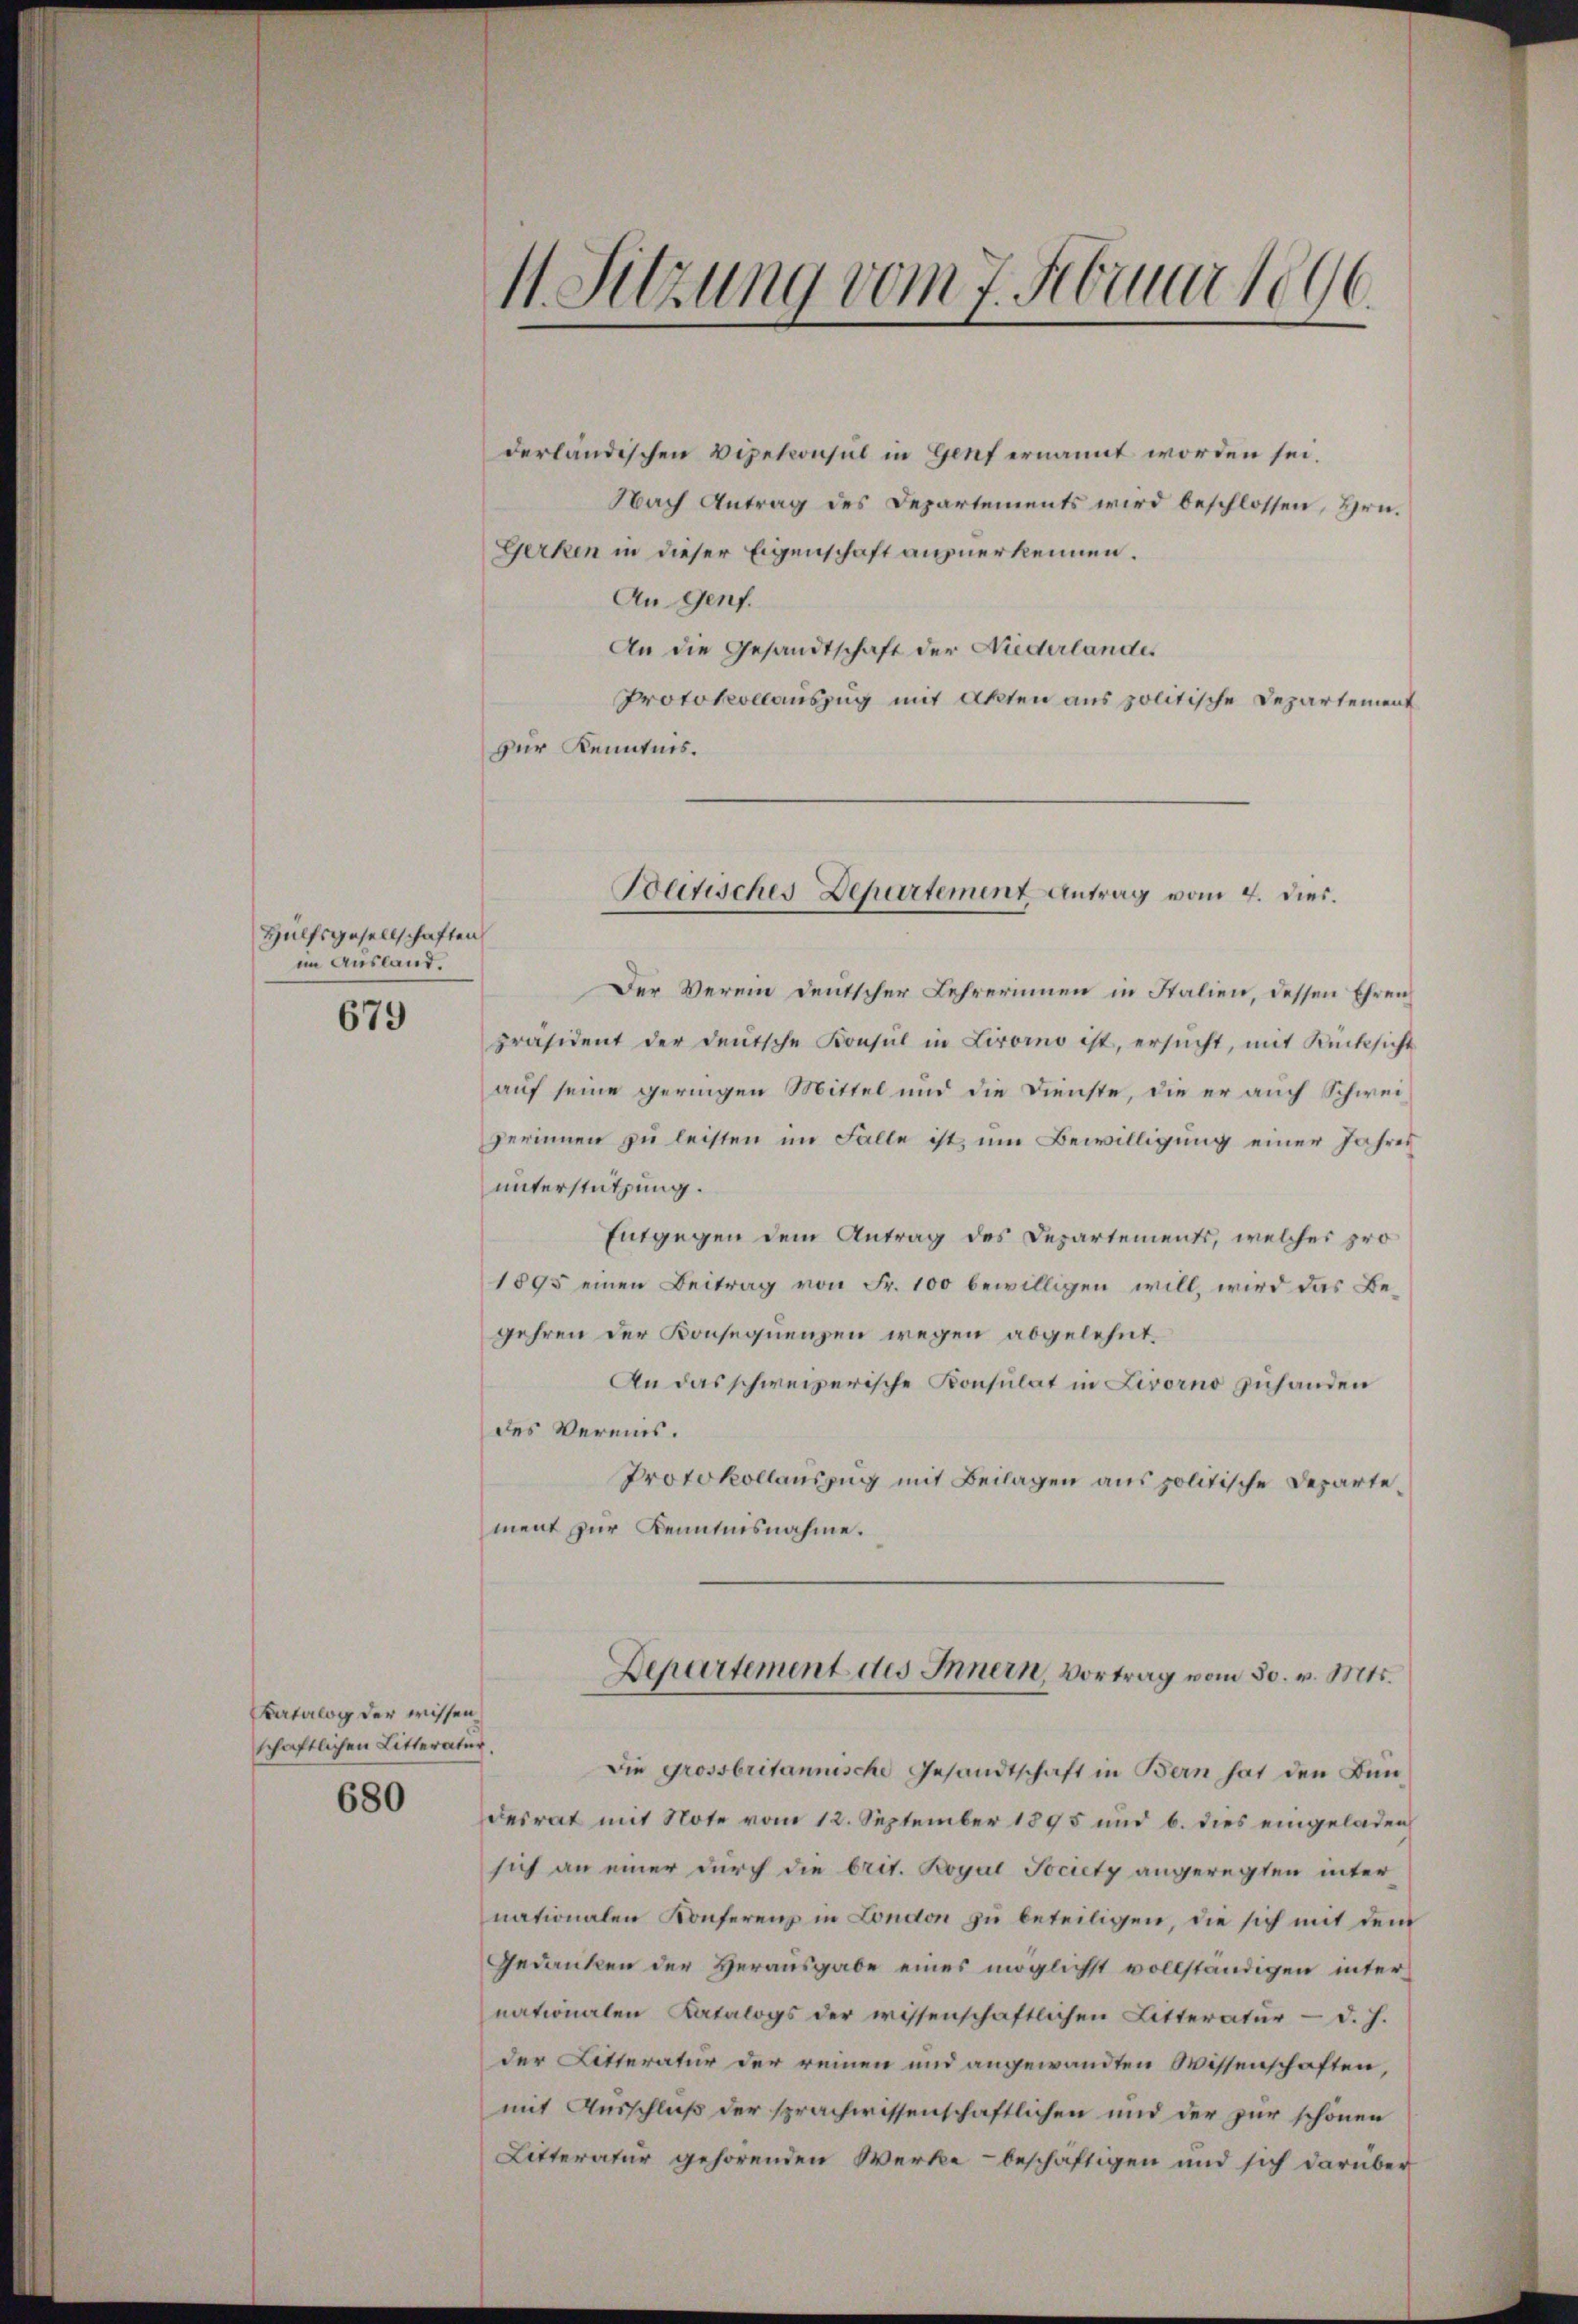
Hülfsgesellschaften
im Ausland.

679

Katalog der wissen
schaftlichen Litteratur.
680

11. Sitzung vom 7. Februar 1896

derländischen Vizekonsul in Genf ernannt worden sei.
Nach Antrag des Departements wird beschlossen, Hrn.
Gerken in dieser Eigenschaft anzuerkennen.
An Genf.
An die Gesandtschaft der Niederlandes
Protokollauszug mit Akten aus politische Departement
zur Kenntnis.
Der Verein deutscher Lehrerinnen in Stalien, dessen Ehren
präsident der deutsche Konsul in Livorno ist, ersŭcht, mit Rücksicht
auf seine geringen Mittel und die Dienste, die er auch Schweiperinnen zu leisten im Falle ist, um Bewilligung einer Jahres
unterstützung.
Entgegen dem Antrag des Departements, welches pro
1895 einen Beitrag von Fr. 100 bewilligen will, wird das Begehren der Konsequenzen wegen abgelehnt.
An das schweizerische Konsulat in Livorno zuhanden
des Vereins.
Protokollauszug mit Beilagen aus politische Departement zur Kenntnisnahme.
Departement des Innern, Vortrag vom 30. v. Mts.
Die grossbritannische Gesandtschaft in Bern hat den Bün
desrat mit Note vom 12. September 1895 und b. dies eingeladen
sich an einer durch die brit. Boyal Jociety angeregten inter
nationalen Konferenz in London zu beteiligen, die sich mit dem
Gedanken der Herausgabe eines möglichst vollständigen internationalen Katalogs der wissenschaftlichen Litteratur - d. h.
der Litteratur der reinen und angewandten Wissenschaften,
mit Ausschluß der sprachwissenschaftlichen und der zur schönen
Litteratur gehörenden Werke - beschäftigen und sich darüber

Politisches Departement Antrag vom 4. dies